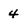
Character: 4